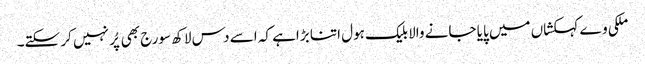
ملکی وے کہکشاں میں پایا جانے والا بلیک ہول اتنا بڑاہے کہ اسے دس لاکھ سورج بھی پُر نہیں کر سکتے۔